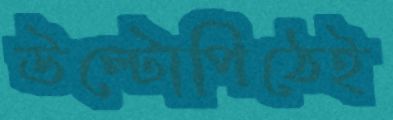
উল্টোপিঠেই